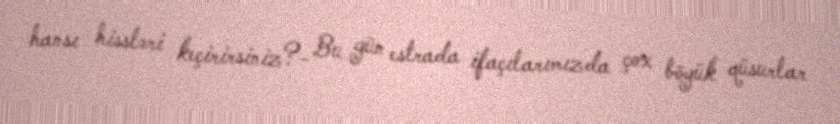
hansı hissləri keçirirsiniz?- Bu gün estrada ifaçılarımızda çox böyük qüsurlar